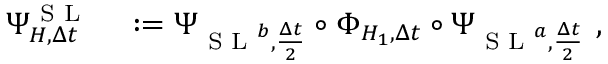
\begin{array} { r l } { \Psi _ { H , \Delta t } ^ { \textrm { S L } } } & { { } : = \Psi _ { \textrm { S L } ^ { b } , \frac { \Delta t } { 2 } } \circ \Phi _ { H _ { 1 } , \Delta t } \circ \Psi _ { \textrm { S L } ^ { a } , \frac { \Delta t } { 2 } } \mathrm { ~ , ~ } } \end{array}